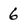
Character: 6